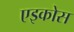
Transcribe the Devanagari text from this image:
एइकोस